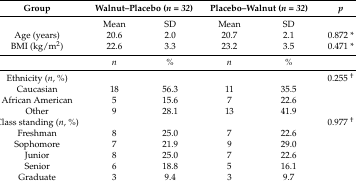
<table><thead><tr><td><b>Group</b></td><td colspan="2"><b>Walnut–Placebo (<i>n = 32</i>)</b></td><td colspan="2"><b>Placebo–Walnut (<i>n = 32</i>)</b></td><td><b><i>p</i></b></td></tr></thead><tbody><tr><td></td><td>Mean</td><td>SD</td><td>Mean</td><td>SD</td><td></td></tr><tr><td>Age (years)</td><td>20.6</td><td>2.0</td><td>20.7</td><td>2.1</td><td>0.872 *</td></tr><tr><td>BMI (kg/m<sup>2</sup>)</td><td>22.6</td><td>3.3</td><td>23.2</td><td>3.5</td><td>0.471 *</td></tr><tr><td></td><td><i>n</i></td><td><i>%</i></td><td><i>n</i></td><td><i>%</i></td><td></td></tr><tr><td>Ethnicity (<i>n</i>, %)</td><td></td><td></td><td></td><td></td><td>0.255 <sup>†</sup></td></tr><tr><td>Caucasian</td><td>18</td><td>56.3</td><td>11</td><td>35.5</td><td></td></tr><tr><td>African American</td><td>5</td><td>15.6</td><td>7</td><td>22.6</td><td></td></tr><tr><td>Other</td><td>9</td><td>28.1</td><td>13</td><td>41.9</td><td></td></tr><tr><td>Class standing (<i>n</i>, %)</td><td></td><td></td><td></td><td></td><td>0.977 <sup>†</sup></td></tr><tr><td>Freshman</td><td>8</td><td>25.0</td><td>7</td><td>22.6</td><td></td></tr><tr><td>Sophomore</td><td>7</td><td>21.9</td><td>9</td><td>29.0</td><td></td></tr><tr><td>Junior</td><td>8</td><td>25.0</td><td>7</td><td>22.6</td><td></td></tr><tr><td>Senior</td><td>6</td><td>18.8</td><td>5</td><td>16.1</td><td></td></tr><tr><td>Graduate</td><td>3</td><td>9.4</td><td>3</td><td>9.7</td><td></td></tr></tbody></table>